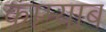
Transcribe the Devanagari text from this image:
काम्याब